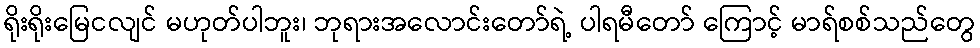
ရိုးရိုးမြေငလျင် မဟုတ်ပါဘူး၊ ဘုရားအလောင်းတော်ရဲ့ ပါရမီတော် ကြောင့် မာရ်စစ်သည်တွေ